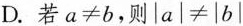
D.若$$a≠b$$，则$$|a|≠|b|$$